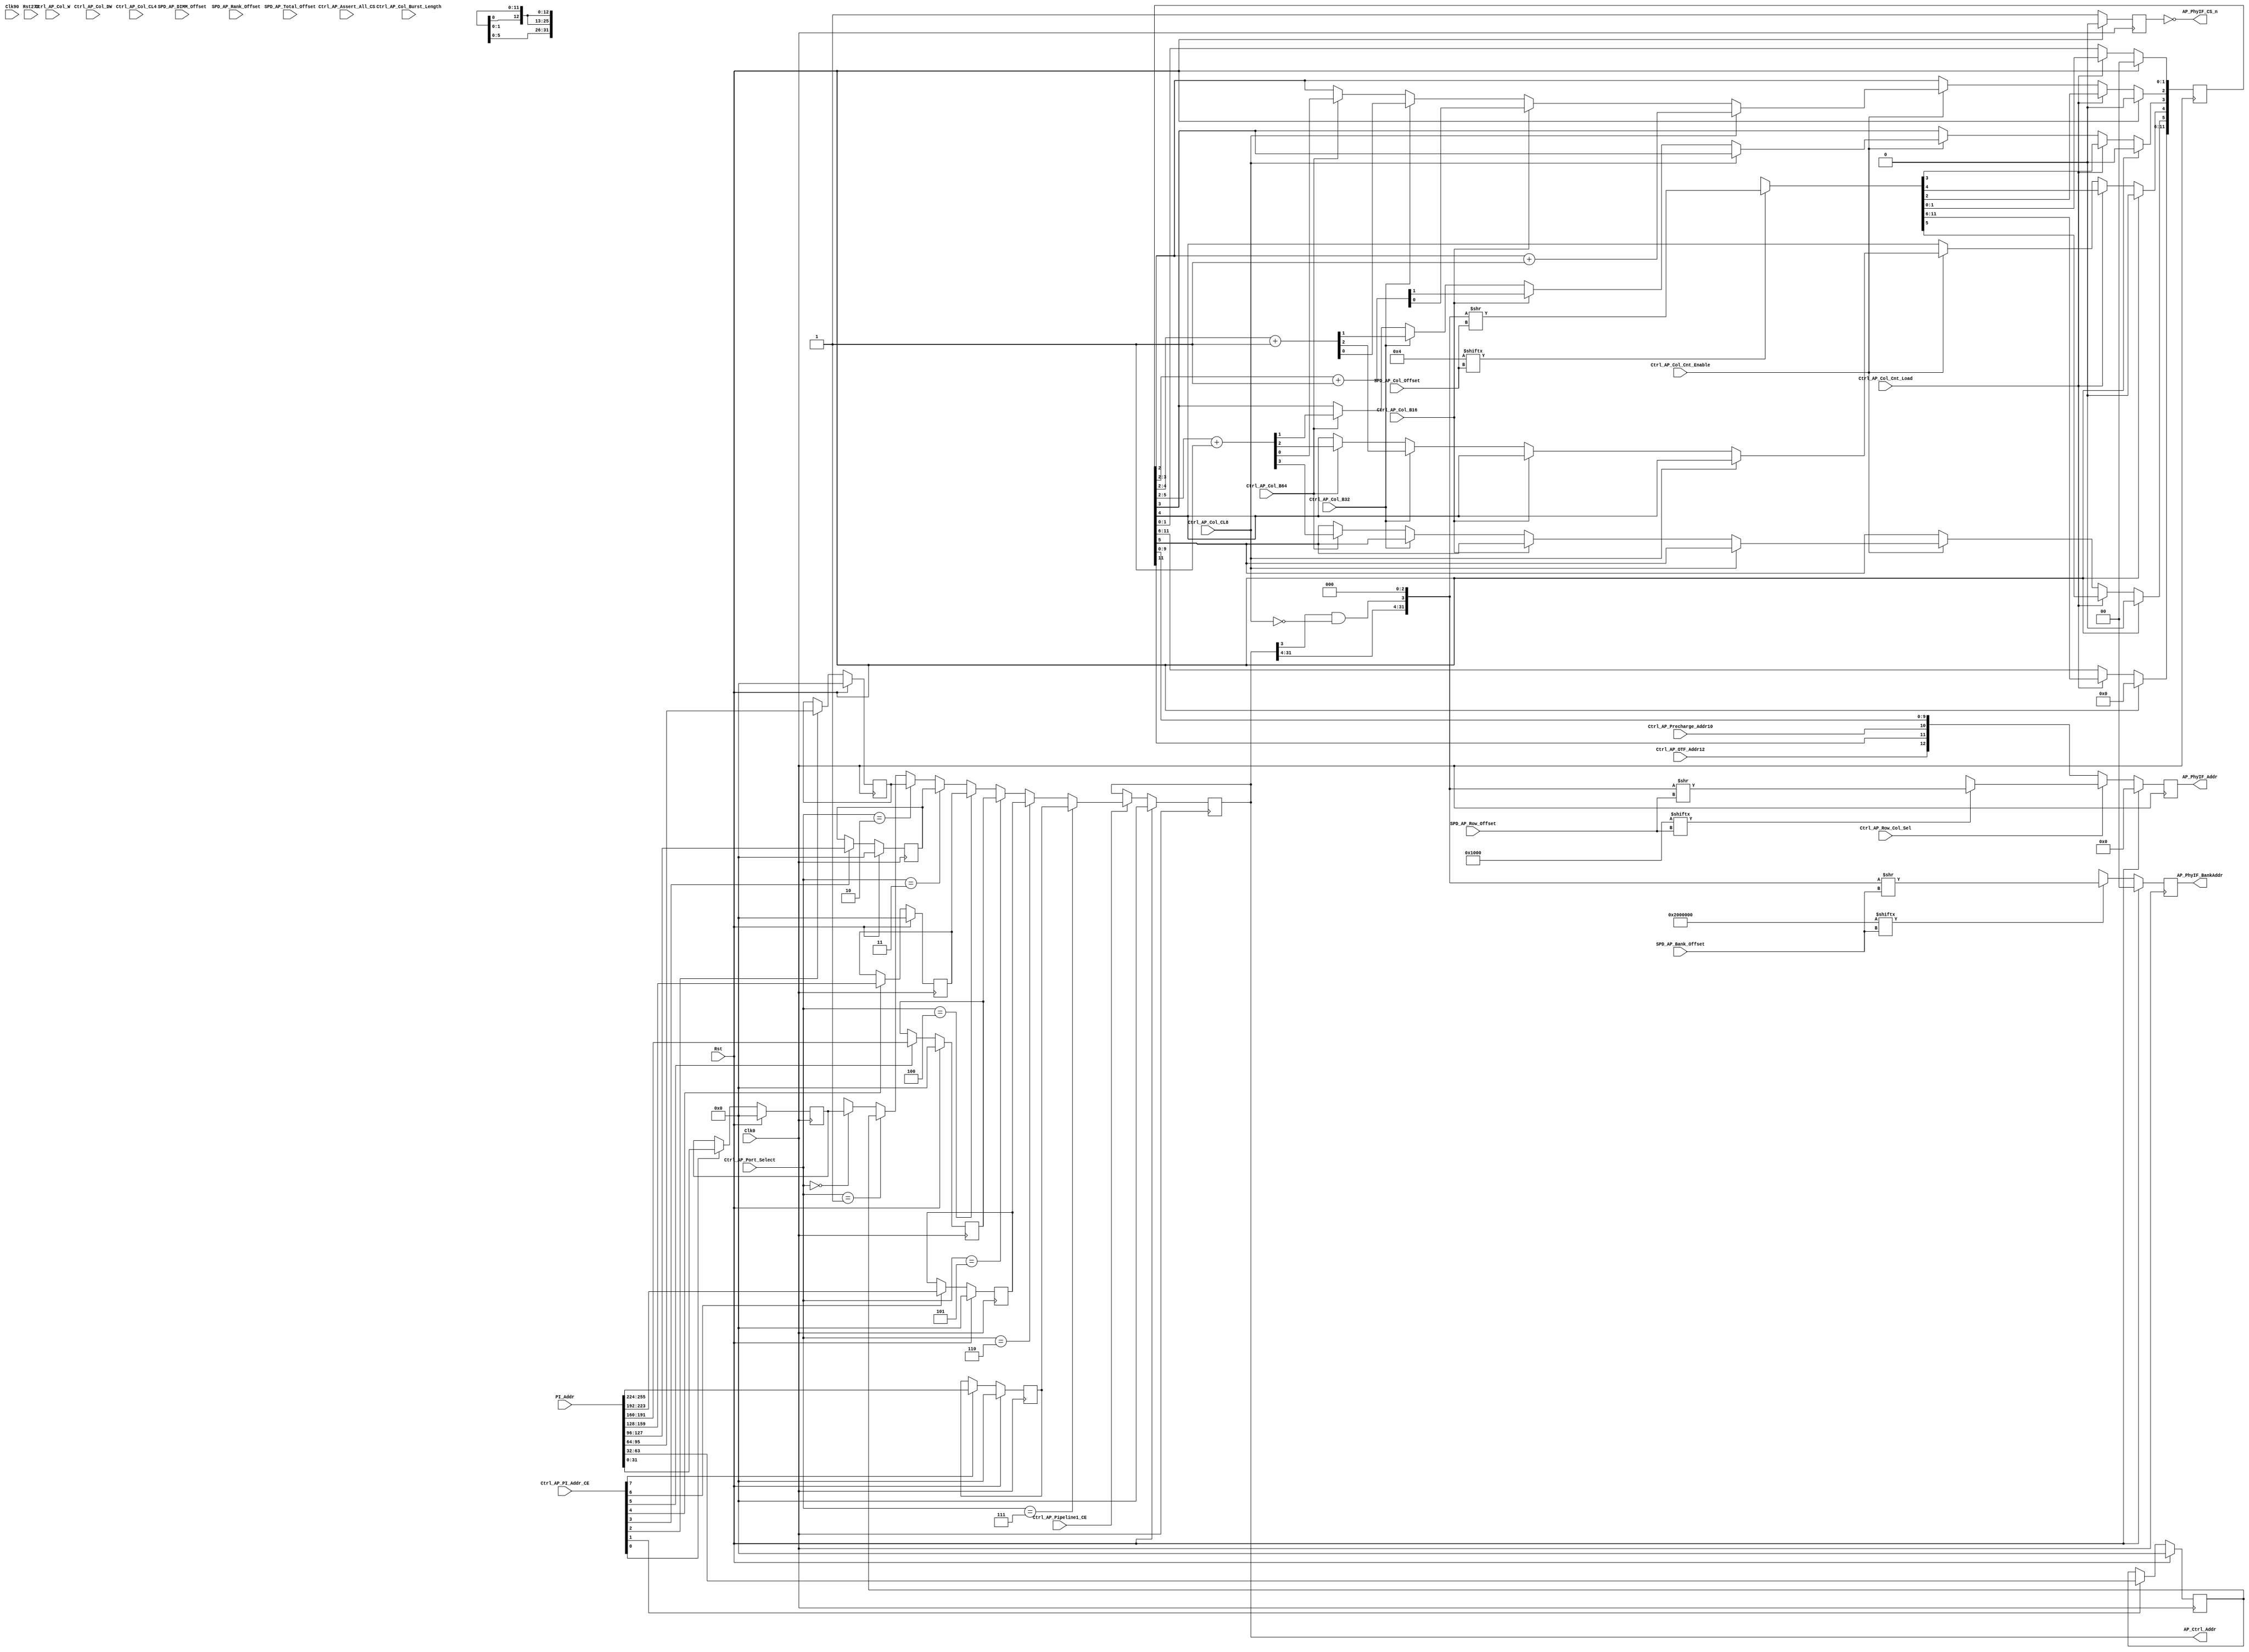
//-----------------------------------------------------------------------------
//-- (c) Copyright 2006 - 2009 Xilinx, Inc. All rights reserved.
//--
//-- This file contains confidential and proprietary information
//-- of Xilinx, Inc. and is protected under U.S. and
//-- international copyright and other intellectual property
//-- laws.
//--
//-- DISCLAIMER
//-- This disclaimer is not a license and does not grant any
//-- rights to the materials distributed herewith. Except as
//-- otherwise provided in a valid license issued to you by
//-- Xilinx, and to the maximum extent permitted by applicable
//-- law: (1) THESE MATERIALS ARE MADE AVAILABLE "AS IS" AND
//-- WITH ALL FAULTS, AND XILINX HEREBY DISCLAIMS ALL WARRANTIES
//-- AND CONDITIONS, EXPRESS, IMPLIED, OR STATUTORY, INCLUDING
//-- BUT NOT LIMITED TO WARRANTIES OF MERCHANTABILITY, NON-
//-- INFRINGEMENT, OR FITNESS FOR ANY PARTICULAR PURPOSE; and
//-- (2) Xilinx shall not be liable (whether in contract or tort,
//-- including negligence, or under any other theory of
//-- liability) for any loss or damage of any kind or nature
//-- related to, arising under or in connection with these
//-- materials, including for any direct, or any indirect,
//-- special, incidental, or consequential loss or damage
//-- (including loss of data, profits, goodwill, or any type of
//-- loss or damage suffered as a result of any action brought
//-- by a third party) even if such damage or loss was
//-- reasonably foreseeable or Xilinx had been advised of the
//-- possibility of the same.
//--
//-- CRITICAL APPLICATIONS
//-- Xilinx products are not designed or intended to be fail-
//-- safe, or for use in any application requiring fail-safe
//-- performance, such as life-support or safety devices or
//-- systems, Class III medical devices, nuclear facilities,
//-- applications related to the deployment of airbags, or any
//-- other applications that could lead to death, personal
//-- injury, or severe property or environmental damage
//-- (individually and collectively, "Critical
//-- Applications"). Customer assumes the sole risk and
//-- liability of any use of Xilinx products in Critical
//-- Applications, subject only to applicable laws and
//-- regulations governing limitations on product liability.
//--
//-- THIS COPYRIGHT NOTICE AND DISCLAIMER MUST BE RETAINED AS
//-- PART OF THIS FILE AT ALL TIMES.
//-----------------------------------------------------------------------------
//Purpose: MPMC Address Path
//
//Reference:
//Revision History:
//
//-----------------------------------------------------------------------------
`timescale 1ns/1ns


module mpmc_addr_path (
   // System Signals
   Clk0,                         // I
   Clk90,                        // I
   Rst,                          // I
   Rst270,                       // I
   // Phy Interface Signals
   AP_PhyIF_BankAddr,            // O [C_MEM_BANKADDR_WIDTH-1:0]
   AP_PhyIF_Addr,                // O [C_MEM_ADDR_WIDTH-1:0]
   AP_PhyIF_CS_n,                // O [C_MEM_NUM_RANKS*C_MEM_NUM_DIMMS-1:0]
   // Port Interface Signals
   PI_Addr,                      // I [C_PI_ADDR_WIDTH*C_NUM_PORTS-1:0]
   // EEPROM Serial Presence Detect Signals
   SPD_AP_Total_Offset,          // I [8*C_MEM_NUM_DIMMS-1:0]
   SPD_AP_DIMM_Offset,           // I [8*C_MEM_NUM_DIMMS-1:0]
   SPD_AP_Rank_Offset,           // I [8*C_MEM_NUM_DIMMS-1:0]
   SPD_AP_Bank_Offset,           // I [8*C_MEM_NUM_DIMMS-1:0]
   SPD_AP_Row_Offset,            // I [8*C_MEM_NUM_DIMMS-1:0]
   SPD_AP_Col_Offset,            // I [8*C_MEM_NUM_DIMMS-1:0]
   // Address Decode for Control Path
   AP_Ctrl_Addr,                 // O [C_PI_ADDR_WIDTH-1:0]
   // Control Signals
   Ctrl_AP_PI_Addr_CE,           // I [C_NUM_PORTS-1:0]
   Ctrl_AP_Port_Select,          // I [C_ARB_PORT_ENCODING_WIDTH-1:0]
   Ctrl_AP_Pipeline1_CE,         // I
   Ctrl_AP_Row_Col_Sel,          // I
   Ctrl_AP_Col_Cnt_Load,         // I
   Ctrl_AP_Col_Cnt_Enable,       // I
   Ctrl_AP_Col_W,                // I
   Ctrl_AP_Col_DW,               // I
   Ctrl_AP_Col_CL4,              // I
   Ctrl_AP_Col_CL8,              // I
   Ctrl_AP_Col_B16,              // I
   Ctrl_AP_Col_B32,              // I
   Ctrl_AP_Col_B64,              // I
   Ctrl_AP_Col_Burst_Length,              // I
   Ctrl_AP_Precharge_Addr10,     // I
   Ctrl_AP_OTF_Addr12,           // I
   Ctrl_AP_Assert_All_CS         // I
);

   parameter C_FAMILY         = "virtex4";
   parameter C_USE_MIG_S3_PHY = 0;
   parameter C_USE_STATIC_PHY = 1'b0;
   
   // Memory Parameters
   parameter C_NUM_PORTS = 8;              // Allowed Values: 1-8
   parameter C_PI_ADDR_WIDTH = 32;         // Allowed Values: 32, 36
   parameter C_MEM_ADDR_WIDTH = 13;        // Allowed Values: 13
   parameter C_MEM_BANKADDR_WIDTH = 2;     // Allowed Values: 2
   parameter C_MEM_DATA_WIDTH = 32;        // Allowed Values: 8,16,32,64,72
   parameter C_MEM_BURST_LENGTH = 4;       // Allowed Values: 2,4,8

   // Extra Pipeline Stages 
   parameter C_AP_PIPELINE1 = 1'b1; // Allowed Values: 0,1
   parameter C_AP_PIPELINE2 = 1'b1; // Allowed Values: 0,1

   // Memory Parameters
   parameter C_MEM_NUM_DIMMS = 1; // Allowed Values: 1,2
   parameter C_MEM_NUM_RANKS = 1; // Allowed Values: 1,2
   parameter C_MEM_SUPPORTED_TOTAL_OFFSETS = 32'h08000000;
   parameter C_MEM_SUPPORTED_DIMM_OFFSETS  = 32'h08000000;
   parameter C_MEM_SUPPORTED_RANK_OFFSETS  = 32'h08000000;
   parameter C_MEM_SUPPORTED_BANK_OFFSETS  = 32'h02000000;
   parameter C_MEM_SUPPORTED_ROW_OFFSETS   = 32'h00001000;
   parameter C_MEM_SUPPORTED_COL_OFFSETS   = 32'h00000004;

   // Temporary Memory Parameters
   parameter C_USE_TEMP_PARAMETERS = 1;
   parameter C_MEM_DIMM0_TOTAL_OFFSET = 27;
   parameter C_MEM_DIMM0_DIMM_OFFSET  = 27;
   parameter C_MEM_DIMM0_RANK_OFFSET  = 27;
   parameter C_MEM_DIMM0_BANK_OFFSET  = 25;
   parameter C_MEM_DIMM0_ROW_OFFSET   = 12;
   parameter C_MEM_DIMM0_COL_OFFSET   = 2;
   parameter C_MEM_DIMM1_TOTAL_OFFSET = 27;
   parameter C_MEM_DIMM1_DIMM_OFFSET  = 27;
   parameter C_MEM_DIMM1_RANK_OFFSET  = 27;
   parameter C_MEM_DIMM1_BANK_OFFSET  = 25;
   parameter C_MEM_DIMM1_ROW_OFFSET   = 12;
   parameter C_MEM_DIMM1_COL_OFFSET   = 2;

   parameter C_IS_DDR = 1'b1;              // Allowed Values: 0,1 
   parameter C_MEM_TYPE = "DDR3";          // Allowed Values: SDRAM, DDR, 
                                           //   DDR2, DDR3
   parameter C_NCK_PER_CLK             = 1;
   parameter C_ARB_PORT_ENCODING_WIDTH = 3;

   
   
   localparam P_MEM_DATA_WIDTH_SDR = C_IS_DDR ? C_MEM_DATA_WIDTH*2*C_NCK_PER_CLK:
                                                C_MEM_DATA_WIDTH;

   // System Signals
   input                                            Clk0;
   input                                            Clk90;
   input                                            Rst;
   input                                            Rst270;
   // Memory Signals (To/From Memory Pins)
   output [C_MEM_BANKADDR_WIDTH-1:0]                AP_PhyIF_BankAddr;
   output [C_MEM_ADDR_WIDTH-1:0]                    AP_PhyIF_Addr;
   output [C_MEM_NUM_RANKS*C_MEM_NUM_DIMMS-1:0]     AP_PhyIF_CS_n;
   // Port Interface Signals
   input  [C_PI_ADDR_WIDTH*C_NUM_PORTS-1:0]         PI_Addr;
   // EEPROM Serial Presence Detect Signals
   input  [8*C_MEM_NUM_DIMMS-1:0]                   SPD_AP_Total_Offset;
   input  [8*C_MEM_NUM_DIMMS-1:0]                   SPD_AP_DIMM_Offset;
   input  [8*C_MEM_NUM_DIMMS-1:0]                   SPD_AP_Rank_Offset;
   input  [8*C_MEM_NUM_DIMMS-1:0]                   SPD_AP_Bank_Offset;
   input  [8*C_MEM_NUM_DIMMS-1:0]                   SPD_AP_Row_Offset;
   input  [8*C_MEM_NUM_DIMMS-1:0]                   SPD_AP_Col_Offset;
   // Address Decode for Control Path
   output [C_PI_ADDR_WIDTH-1:0]                     AP_Ctrl_Addr;
   // Control Signals
   input  [C_NUM_PORTS-1:0]                         Ctrl_AP_PI_Addr_CE;
   input  [C_ARB_PORT_ENCODING_WIDTH-1:0]           Ctrl_AP_Port_Select;
   input                                            Ctrl_AP_Pipeline1_CE;
   input                                            Ctrl_AP_Row_Col_Sel;
   input                                            Ctrl_AP_Col_Cnt_Load;
   input                                            Ctrl_AP_Col_Cnt_Enable;
   input                                            Ctrl_AP_Col_W;
   input                                            Ctrl_AP_Col_DW;
   input                                            Ctrl_AP_Col_CL4;
   input                                            Ctrl_AP_Col_CL8;
   input                                            Ctrl_AP_Col_B16;
   input                                            Ctrl_AP_Col_B32;
   input                                            Ctrl_AP_Col_B64;
   input [3:0]                                      Ctrl_AP_Col_Burst_Length;
   input                                            Ctrl_AP_Precharge_Addr10;
   input                                            Ctrl_AP_OTF_Addr12;
   input                                            Ctrl_AP_Assert_All_CS;
   
   reg  [C_MEM_BANKADDR_WIDTH-1:0]             AP_PhyIF_BankAddr;
   reg  [C_MEM_ADDR_WIDTH-1:0]                 AP_PhyIF_Addr;
   reg  [C_MEM_NUM_RANKS*C_MEM_NUM_DIMMS-1:0]  AP_PhyIF_CS;
   
   reg  [C_PI_ADDR_WIDTH*C_NUM_PORTS-1:0]      Addr_Reg;
   reg  [C_PI_ADDR_WIDTH-1:0]                  Addr_Mux;
   reg  [C_PI_ADDR_WIDTH-1:0]                  Addr_Pipeline1;
   reg  [C_PI_ADDR_WIDTH-1:0]                  Addr_Aligned;

   wire                                        Swap_DIMM_Offset;
   wire [7:0]                                  DIMM_Offset;
   wire [7:0]                                  Rank_Offset;
   wire [7:0]                                  Bank_Offset;
   wire [7:0]                                  Row_Offset;
   wire [7:0]                                  Col_Offset;

   reg                                         DIMM_Addr;
   reg                                         Rank_Addr;
   reg  [C_MEM_BANKADDR_WIDTH-1:0]             Bank_Addr;
   reg  [C_MEM_ADDR_WIDTH-1:0]                 Row_Addr;
   reg  [C_MEM_ADDR_WIDTH-2:0]                 Col_Addr;

   reg  [C_MEM_ADDR_WIDTH-2:0]                 Col_Cnt;
   wire [C_MEM_ADDR_WIDTH-1:0]                 Col_Addr_Full;
   wire [C_MEM_ADDR_WIDTH-1:0]                 Row_Col_Mux_Out;

   wire [C_MEM_NUM_RANKS*C_MEM_NUM_DIMMS-1:0]  Dimm_Addr_Final;
   wire [C_MEM_NUM_RANKS-1:0]                 Rank_Addr_Final;   
   reg  [C_MEM_BANKADDR_WIDTH-1:0]             Bank_Addr_Final;
   reg  [C_MEM_ADDR_WIDTH-1:0]                 Row_Col_Final;
   
   genvar  i;
   integer j;
   

   // Set Address to Control path
   assign AP_Ctrl_Addr = Addr_Pipeline1;
   
   // Generate registers for address buses
   generate
      for (i = 0; i < C_NUM_PORTS; i = i + 1) begin : addr_reg
         always @(posedge Clk0)
            if (Rst) Addr_Reg[(i+1)*C_PI_ADDR_WIDTH-1:i*C_PI_ADDR_WIDTH] <= 0;
            else if (Ctrl_AP_PI_Addr_CE[i]) Addr_Reg[(i+1)*C_PI_ADDR_WIDTH-1:i*C_PI_ADDR_WIDTH] <= PI_Addr[(i+1)*C_PI_ADDR_WIDTH-1:i*C_PI_ADDR_WIDTH];
      end
   endgenerate


   // Generate mux to select address
   always @(Ctrl_AP_Port_Select or Addr_Reg) begin
      Addr_Mux <= 'bx;
      for (j = 4'd0; j < C_NUM_PORTS; j = j + 1'd1) begin : addr_mux
         if (Ctrl_AP_Port_Select == j) Addr_Mux <= Addr_Reg >> j*C_PI_ADDR_WIDTH;
      end
   end

   
   // Pipeline1 Register
   generate
      if (C_AP_PIPELINE1) begin : pipeline1_addr_reg
         always @(posedge Clk0)
           if (Rst) Addr_Pipeline1 <= 0;
           else if (Ctrl_AP_Pipeline1_CE) Addr_Pipeline1 <= Addr_Mux;
      end
      else begin : pipeline1_addr_wire
         always @(Addr_Mux) Addr_Pipeline1 <= Addr_Mux;
      end
   endgenerate


   // Align Address to 64-bit or 128-bit boundary
   generate
      if (C_MEM_TYPE == "DDR3" && C_NCK_PER_CLK == 2) begin : gen_addr_pipeline1_ddr3
        always @(*)
          // QWORD covers all cases for DWIDTH = 32
         if (C_MEM_DATA_WIDTH == 32) begin : dw32_align
            Addr_Aligned = {Addr_Pipeline1[C_PI_ADDR_WIDTH-1:4], 4'b0};
          end
          // Artificially align transfer to QWORD if CL8 Transfer to keep
          // linear rdwdaddr (e.g. 0,1,2,3,4,5,6,7 or 4,5,6,7,0,1,2,3)
          else if (C_MEM_DATA_WIDTH == 16) begin : dw16_align
            Addr_Aligned = {Addr_Pipeline1[C_PI_ADDR_WIDTH-1:4], 
                            Addr_Pipeline1[3] & ~Ctrl_AP_Col_CL8, 3'b0};
          end
          else if (C_MEM_DATA_WIDTH == 8) begin : dw8_align
            Addr_Aligned = {Addr_Pipeline1[C_PI_ADDR_WIDTH-1:3], 
                //            Addr_Pipeline1[3] & ~Ctrl_AP_Col_CL8, // Align to Dword, if CL8 align to Qword
                            Addr_Pipeline1[2] & Ctrl_AP_Col_W,  // Align to word on word transfer
                            2'b0};
          end
      end else if (C_IS_DDR) begin : gen_addr_pipeline1_ddr
        always @(*)
         if (((P_MEM_DATA_WIDTH_SDR == 32) & (C_MEM_BURST_LENGTH == 8)) | 
             ((P_MEM_DATA_WIDTH_SDR == 64) & (C_MEM_BURST_LENGTH == 4))) begin : zero_cl8
            Addr_Aligned = {Addr_Pipeline1[C_PI_ADDR_WIDTH-1:4], Addr_Pipeline1[3] & ~Ctrl_AP_Col_CL8, 3'b0};
         end
         else if ((P_MEM_DATA_WIDTH_SDR == 64) & (C_MEM_BURST_LENGTH == 8)) begin : zero_cl4
            Addr_Aligned = {Addr_Pipeline1[C_PI_ADDR_WIDTH-1:4], Addr_Pipeline1[3] & ~Ctrl_AP_Col_CL4, 3'b0};
         end
         else if ((P_MEM_DATA_WIDTH_SDR == 128) & ((C_MEM_BURST_LENGTH == 2) | (C_MEM_BURST_LENGTH == 4))) begin : zero_64
            Addr_Aligned = {Addr_Pipeline1[C_PI_ADDR_WIDTH-1:4], 4'b0};
         end
         else if ((P_MEM_DATA_WIDTH_SDR == 128) & (C_MEM_BURST_LENGTH == 8)) begin : zero_cl4_8
            Addr_Aligned = {Addr_Pipeline1[C_PI_ADDR_WIDTH-1:5], Addr_Pipeline1[4] & (~Ctrl_AP_Col_CL4 & ~Ctrl_AP_Col_CL8), 4'b0};
          //  Hack to support OTF  on DDR3 32 bit memory
/*            Addr_Aligned = {Addr_Pipeline1[C_PI_ADDR_WIDTH-1:5], Addr_Pipeline1[4] & (~Ctrl_AP_Col_CL8), 4'b0};*/
/*            Addr_Aligned = {Addr_Pipeline1[C_PI_ADDR_WIDTH-1:4], 4'b0};*/
         end
         else if ((P_MEM_DATA_WIDTH_SDR == 32) | (P_MEM_DATA_WIDTH_SDR == 16)) begin : word_align
            Addr_Aligned = {Addr_Pipeline1[C_PI_ADDR_WIDTH-1:3], (Ctrl_AP_Col_W ? Addr_Pipeline1[2] : 1'b0), 2'b0};
         end
         else begin : doubleword_align
            Addr_Aligned = {Addr_Pipeline1[C_PI_ADDR_WIDTH-1:3], 3'b0};
         end
      end
      else begin : gen_addr_pipeline1_sdr
        always @(*)
         if ((P_MEM_DATA_WIDTH_SDR == 64) & (C_MEM_BURST_LENGTH == 4)) begin : zero_cl8_cl4
            Addr_Aligned = {Addr_Pipeline1[C_PI_ADDR_WIDTH-1:4], Addr_Pipeline1[3] & ~Ctrl_AP_Col_CL8 & ~Ctrl_AP_Col_CL4, 3'b0};
         end
         else if ((P_MEM_DATA_WIDTH_SDR == 32) & (C_MEM_BURST_LENGTH == 4)) begin : zero_cl8
            Addr_Aligned = {Addr_Pipeline1[C_PI_ADDR_WIDTH-1:4], Addr_Pipeline1[3] & ~Ctrl_AP_Col_CL8, Addr_Pipeline1[2] & Ctrl_AP_Col_W, 2'b0};
         end
         else if ((P_MEM_DATA_WIDTH_SDR == 16) & (C_MEM_BURST_LENGTH == 4)) begin : word_align_16
            Addr_Aligned = {Addr_Pipeline1[C_PI_ADDR_WIDTH-1:3], (Ctrl_AP_Col_W ? Addr_Pipeline1[2] : 1'b0), 2'b0};
         end
         else if ((P_MEM_DATA_WIDTH_SDR == 8) & (C_MEM_BURST_LENGTH == 4)) begin : word_align_8
            Addr_Aligned = {Addr_Pipeline1[C_PI_ADDR_WIDTH-1:3], (Ctrl_AP_Col_W ? Addr_Pipeline1[2] : 1'b0), 2'b0};
         end
         else begin : doubleword_align
            Addr_Aligned = {Addr_Pipeline1[C_PI_ADDR_WIDTH-1:3], 3'b0};
         end
      end
   endgenerate
   
   
   // Swap Memory Decode (Hardcoded for 1 or 2 DIMMs only)
   generate
      if (C_MEM_NUM_DIMMS == 1) begin : no_swap
         assign Swap_DIMM_Offset = 0;
      end
      else if (C_MEM_NUM_DIMMS == 2) begin : swap
         assign Swap_DIMM_Offset = SPD_AP_DIMM_Offset[15:8] > SPD_AP_DIMM_Offset[7:0];
      end
   endgenerate


   // Generate DIMM Offset (Hardcoded for 1 or 2 DIMMs only)
   generate
      if (C_MEM_NUM_DIMMS == 1) begin : wire_offset
         assign DIMM_Offset = SPD_AP_DIMM_Offset;
      end
      else if (C_MEM_NUM_DIMMS == 2) begin : mux_offset
         assign DIMM_Offset = Swap_DIMM_Offset ? SPD_AP_DIMM_Offset[15:8] : SPD_AP_DIMM_Offset[7:0];
      end
   endgenerate

   
   // Decode DIMM Address
   always @(Addr_Aligned or DIMM_Offset or Swap_DIMM_Offset) begin
      if (C_MEM_NUM_DIMMS == 1) DIMM_Addr <= 0;
      else if (C_MEM_SUPPORTED_DIMM_OFFSETS[DIMM_Offset]) DIMM_Addr <= (Addr_Aligned >> DIMM_Offset) ^ Swap_DIMM_Offset;
      else DIMM_Addr <= 'bx;
   end


   // Mux Rank Offset
   assign Rank_Offset = SPD_AP_Rank_Offset >> 8 * DIMM_Addr;
   
   // Offset Rank Address
   always @(Addr_Aligned or Rank_Offset) begin
      if (C_MEM_SUPPORTED_RANK_OFFSETS[Rank_Offset]) Rank_Addr <= (Addr_Aligned >> Rank_Offset);
      else Rank_Addr <= 'bx;
   end


   // Mux Bank Offset
   assign Bank_Offset = SPD_AP_Bank_Offset >> 8 * DIMM_Addr;
   
   // Offset Bank Address
   always @(Addr_Aligned or Bank_Offset) begin
      if (C_MEM_SUPPORTED_BANK_OFFSETS[Bank_Offset]) Bank_Addr <= (Addr_Aligned >> Bank_Offset);
      else Bank_Addr <= 'bx;
   end

   
   // Mux Row Offset
   assign Row_Offset = SPD_AP_Row_Offset >> 8 * DIMM_Addr;

   // Offset Row Address
   always @(Addr_Aligned or Row_Offset) begin
      if (C_MEM_SUPPORTED_ROW_OFFSETS[Row_Offset]) Row_Addr <= (Addr_Aligned >> Row_Offset);
      else Row_Addr <= 'bx;
   end

   
   // Mux Col Offset
   assign Col_Offset = SPD_AP_Col_Offset >> 8 * DIMM_Addr;

   // Offset Column Address
   always @(Addr_Aligned or Col_Offset) begin
      if (C_MEM_SUPPORTED_COL_OFFSETS[Col_Offset]) Col_Addr <= (Addr_Aligned >> Col_Offset);
      else Col_Addr <= 'bx;
   end
   
   
   // Column Counter
   generate 
      if (C_IS_DDR) begin : gen_col_cnt_ddr
         always @(posedge Clk0) begin
            if (Rst) Col_Cnt <= 0;
            else if (Ctrl_AP_Col_Cnt_Load) Col_Cnt <= Col_Addr;
            else if (Ctrl_AP_Col_Cnt_Enable) begin
               if ((C_MEM_DATA_WIDTH == 8) & (C_MEM_BURST_LENGTH == 4)) begin
                  if      (Ctrl_AP_Col_DW)  Col_Cnt[2:2] <= Col_Cnt[2:2] + 1;
                  else if (Ctrl_AP_Col_CL4) Col_Cnt[3:2] <= Col_Cnt[3:2] + 1;
                  else if (Ctrl_AP_Col_CL8) Col_Cnt[4:2] <= Col_Cnt[4:2] + 1;
                  else if (Ctrl_AP_Col_B16) Col_Cnt[5:2] <= Col_Cnt[5:2] + 1;
                  else if (Ctrl_AP_Col_B32) Col_Cnt[6:2] <= Col_Cnt[6:2] + 1;
                  else if (Ctrl_AP_Col_B64) Col_Cnt[7:2] <= Col_Cnt[7:2] + 1;
               end
               else if ((C_MEM_DATA_WIDTH == 8) & (C_MEM_BURST_LENGTH == 8)) begin
                  if      (Ctrl_AP_Col_CL4) Col_Cnt[3:3] <= Col_Cnt[3:3] + 1;
                  else if (Ctrl_AP_Col_CL8) Col_Cnt[4:3] <= Col_Cnt[4:3] + 1;
                  else if (Ctrl_AP_Col_B16) Col_Cnt[5:3] <= Col_Cnt[5:3] + 1;
                  else if (Ctrl_AP_Col_B32) Col_Cnt[6:3] <= Col_Cnt[6:3] + 1;
                  else if (Ctrl_AP_Col_B64) Col_Cnt[7:3] <= Col_Cnt[7:3] + 1;
               end
               else if ((C_MEM_DATA_WIDTH == 16) & (C_MEM_BURST_LENGTH == 4)) begin
                  if      (Ctrl_AP_Col_CL4) Col_Cnt[2:2] <= Col_Cnt[2:2] + 1;
                  else if (Ctrl_AP_Col_CL8) Col_Cnt[3:2] <= Col_Cnt[3:2] + 1;
                  else if (Ctrl_AP_Col_B16) Col_Cnt[4:2] <= Col_Cnt[4:2] + 1;
                  else if (Ctrl_AP_Col_B32) Col_Cnt[5:2] <= Col_Cnt[5:2] + 1;
                  else if (Ctrl_AP_Col_B64) Col_Cnt[6:2] <= Col_Cnt[6:2] + 1;
               end
               else if ((C_MEM_DATA_WIDTH == 16) & (C_MEM_BURST_LENGTH == 8)) begin
                  if      (Ctrl_AP_Col_CL8) Col_Cnt[3:3] <= Col_Cnt[3:3] + 1;
                  else if (Ctrl_AP_Col_B16) Col_Cnt[4:3] <= Col_Cnt[4:3] + 1;
                  else if (Ctrl_AP_Col_B32) Col_Cnt[5:3] <= Col_Cnt[5:3] + 1;
                  else if (Ctrl_AP_Col_B64) Col_Cnt[6:3] <= Col_Cnt[6:3] + 1;
               end
               else if ((C_MEM_DATA_WIDTH == 32) & (C_MEM_BURST_LENGTH == 4)) begin
                  if      (Ctrl_AP_Col_CL8) Col_Cnt[2:2] <= Col_Cnt[2:2] + 1;
                  else if (Ctrl_AP_Col_B16) Col_Cnt[3:2] <= Col_Cnt[3:2] + 1;
                  else if (Ctrl_AP_Col_B32) Col_Cnt[4:2] <= Col_Cnt[4:2] + 1;
                  else if (Ctrl_AP_Col_B64) Col_Cnt[5:2] <= Col_Cnt[5:2] + 1;
               end
               else if ((C_MEM_DATA_WIDTH == 32) & (C_MEM_BURST_LENGTH == 8)) begin
                  if      (Ctrl_AP_Col_B16) Col_Cnt[3:3] <= Col_Cnt[3:3] + 1;
                  else if (Ctrl_AP_Col_B32) Col_Cnt[4:3] <= Col_Cnt[4:3] + 1;
                  else if (Ctrl_AP_Col_B64) Col_Cnt[5:3] <= Col_Cnt[5:3] + 1;
               end         
               else if ((C_MEM_DATA_WIDTH == 64) & (C_MEM_BURST_LENGTH == 4)) begin
                       if (Ctrl_AP_Col_B16) Col_Cnt[2:2] <= Col_Cnt[2:2] + 1;
                  else if (Ctrl_AP_Col_B32) Col_Cnt[3:2] <= Col_Cnt[3:2] + 1;
                  else if (Ctrl_AP_Col_B64) Col_Cnt[4:2] <= Col_Cnt[4:2] + 1;
               end
               else if ((C_MEM_DATA_WIDTH == 64) & (C_MEM_BURST_LENGTH == 8)) begin 
                  if      (Ctrl_AP_Col_B32) Col_Cnt[3:3] <= Col_Cnt[3:3] + 1;
                  else if (Ctrl_AP_Col_B64) Col_Cnt[4:3] <= Col_Cnt[4:3] + 1;
               end
            end
         end
      end
      else begin : gen_col_cnt_sdr
         always @(posedge Clk0) begin
            if (Rst) Col_Cnt <= 0;
            else if (Ctrl_AP_Col_Cnt_Load) Col_Cnt <= Col_Addr;
            else if (Ctrl_AP_Col_Cnt_Enable) begin
               if ((P_MEM_DATA_WIDTH_SDR == 8) & (C_MEM_BURST_LENGTH == 2)) begin
                  if      (Ctrl_AP_Col_W)   Col_Cnt[1:1] <= Col_Cnt[1:1] + 1;
                  else if (Ctrl_AP_Col_DW)  Col_Cnt[2:1] <= Col_Cnt[2:1] + 1;
                  else if (Ctrl_AP_Col_CL4) Col_Cnt[3:1] <= Col_Cnt[3:1] + 1;
                  else if (Ctrl_AP_Col_CL8) Col_Cnt[4:1] <= Col_Cnt[4:1] + 1;
                  else if (Ctrl_AP_Col_B16) Col_Cnt[5:1] <= Col_Cnt[5:1] + 1;
                  else if (Ctrl_AP_Col_B32) Col_Cnt[6:1] <= Col_Cnt[6:1] + 1;
                  else if (Ctrl_AP_Col_B64) Col_Cnt[7:1] <= Col_Cnt[7:1] + 1;
               end
               else if ((P_MEM_DATA_WIDTH_SDR == 8) & (C_MEM_BURST_LENGTH == 4)) begin
                  if      (Ctrl_AP_Col_DW)  Col_Cnt[2:2] <= Col_Cnt[2:2] + 1;
                  else if (Ctrl_AP_Col_CL4) Col_Cnt[3:2] <= Col_Cnt[3:2] + 1;
                  else if (Ctrl_AP_Col_CL8) Col_Cnt[4:2] <= Col_Cnt[4:2] + 1;
                  else if (Ctrl_AP_Col_B16) Col_Cnt[5:2] <= Col_Cnt[5:2] + 1;
                  else if (Ctrl_AP_Col_B32) Col_Cnt[6:2] <= Col_Cnt[6:2] + 1;
                  else if (Ctrl_AP_Col_B64) Col_Cnt[7:2] <= Col_Cnt[7:2] + 1;
               end
               else if ((P_MEM_DATA_WIDTH_SDR == 8) & (C_MEM_BURST_LENGTH == 8)) begin
                  if      (Ctrl_AP_Col_CL4) Col_Cnt[3:3] <= Col_Cnt[3:3] + 1;
                  else if (Ctrl_AP_Col_CL8) Col_Cnt[4:3] <= Col_Cnt[4:3] + 1;
                  else if (Ctrl_AP_Col_B16) Col_Cnt[5:3] <= Col_Cnt[5:3] + 1;
                  else if (Ctrl_AP_Col_B32) Col_Cnt[6:3] <= Col_Cnt[6:3] + 1;
                  else if (Ctrl_AP_Col_B64) Col_Cnt[7:3] <= Col_Cnt[7:3] + 1;
               end
               else if ((P_MEM_DATA_WIDTH_SDR == 16) & (C_MEM_BURST_LENGTH == 2)) begin
                  if      (Ctrl_AP_Col_DW)  Col_Cnt[1:1] <= Col_Cnt[1:1] + 1;
                  else if (Ctrl_AP_Col_CL4) Col_Cnt[2:1] <= Col_Cnt[2:1] + 1;
                  else if (Ctrl_AP_Col_CL8) Col_Cnt[3:1] <= Col_Cnt[3:1] + 1;
                  else if (Ctrl_AP_Col_B16) Col_Cnt[4:1] <= Col_Cnt[4:1] + 1;
                  else if (Ctrl_AP_Col_B32) Col_Cnt[5:1] <= Col_Cnt[5:1] + 1;
                  else if (Ctrl_AP_Col_B64) Col_Cnt[6:1] <= Col_Cnt[6:1] + 1;
               end
               else if ((P_MEM_DATA_WIDTH_SDR == 16) & (C_MEM_BURST_LENGTH == 4)) begin
                  if      (Ctrl_AP_Col_CL4) Col_Cnt[2:2] <= Col_Cnt[2:2] + 1;
                  else if (Ctrl_AP_Col_CL8) Col_Cnt[3:2] <= Col_Cnt[3:2] + 1;
                  else if (Ctrl_AP_Col_B16) Col_Cnt[4:2] <= Col_Cnt[4:2] + 1;
                  else if (Ctrl_AP_Col_B32) Col_Cnt[5:2] <= Col_Cnt[5:2] + 1;
                  else if (Ctrl_AP_Col_B64) Col_Cnt[6:2] <= Col_Cnt[6:2] + 1;
               end
               else if ((P_MEM_DATA_WIDTH_SDR == 16) & (C_MEM_BURST_LENGTH == 8)) begin
                  if      (Ctrl_AP_Col_CL8) Col_Cnt[3:3] <= Col_Cnt[3:3] + 1;
                  else if (Ctrl_AP_Col_B16) Col_Cnt[4:3] <= Col_Cnt[4:3] + 1;
                  else if (Ctrl_AP_Col_B32) Col_Cnt[5:3] <= Col_Cnt[5:3] + 1;
                  else if (Ctrl_AP_Col_B64) Col_Cnt[6:3] <= Col_Cnt[6:3] + 1;
               end
               else if ((P_MEM_DATA_WIDTH_SDR == 32) & (C_MEM_BURST_LENGTH == 2)) begin
                  if      (Ctrl_AP_Col_CL4) Col_Cnt[1:1] <= Col_Cnt[1:1] + 1;
                  else if (Ctrl_AP_Col_CL8) Col_Cnt[2:1] <= Col_Cnt[2:1] + 1;
                  else if (Ctrl_AP_Col_B16) Col_Cnt[3:1] <= Col_Cnt[3:1] + 1;
                  else if (Ctrl_AP_Col_B32) Col_Cnt[4:1] <= Col_Cnt[4:1] + 1;
                  else if (Ctrl_AP_Col_B64) Col_Cnt[5:1] <= Col_Cnt[5:1] + 1;
               end
               else if ((P_MEM_DATA_WIDTH_SDR == 32) & (C_MEM_BURST_LENGTH == 4)) begin
                  if      (Ctrl_AP_Col_CL8) Col_Cnt[2:2] <= Col_Cnt[2:2] + 1;
                  else if (Ctrl_AP_Col_B16) Col_Cnt[3:2] <= Col_Cnt[3:2] + 1;
                  else if (Ctrl_AP_Col_B32) Col_Cnt[4:2] <= Col_Cnt[4:2] + 1;
                  else if (Ctrl_AP_Col_B64) Col_Cnt[5:2] <= Col_Cnt[5:2] + 1;
               end
               else if ((P_MEM_DATA_WIDTH_SDR == 32) & (C_MEM_BURST_LENGTH == 8)) begin
                  if      (Ctrl_AP_Col_B16) Col_Cnt[3:3] <= Col_Cnt[3:3] + 1;
                  else if (Ctrl_AP_Col_B32) Col_Cnt[4:3] <= Col_Cnt[4:3] + 1;
                  else if (Ctrl_AP_Col_B64) Col_Cnt[5:3] <= Col_Cnt[5:3] + 1;
               end         
               else if ((P_MEM_DATA_WIDTH_SDR == 64) & (C_MEM_BURST_LENGTH == 2)) begin
                  if      (Ctrl_AP_Col_CL8) Col_Cnt[1:1] <= Col_Cnt[1:1] + 1;
                  else if (Ctrl_AP_Col_B16) Col_Cnt[2:1] <= Col_Cnt[2:1] + 1;
                  else if (Ctrl_AP_Col_B32) Col_Cnt[3:1] <= Col_Cnt[3:1] + 1;
                  else if (Ctrl_AP_Col_B64) Col_Cnt[4:1] <= Col_Cnt[4:1] + 1;
               end
               else if ((P_MEM_DATA_WIDTH_SDR == 64) & (C_MEM_BURST_LENGTH == 4)) begin
                  if      (Ctrl_AP_Col_B16) Col_Cnt[2:2] <= Col_Cnt[2:2] + 1;
                  else if (Ctrl_AP_Col_B32) Col_Cnt[3:2] <= Col_Cnt[3:2] + 1;
                  else if (Ctrl_AP_Col_B64) Col_Cnt[4:2] <= Col_Cnt[4:2] + 1;
               end
               else if ((P_MEM_DATA_WIDTH_SDR == 64) & (C_MEM_BURST_LENGTH == 8)) begin 
                  if      (Ctrl_AP_Col_B32) Col_Cnt[3:3] <= Col_Cnt[3:3] + 1;
                  else if (Ctrl_AP_Col_B64) Col_Cnt[4:3] <= Col_Cnt[4:3] + 1;
               end
               else if ((P_MEM_DATA_WIDTH_SDR == 128) & (C_MEM_BURST_LENGTH == 2)) begin 
                  if      (Ctrl_AP_Col_B16) Col_Cnt[1:1] <= Col_Cnt[1:1] + 1;
                  else if (Ctrl_AP_Col_B32) Col_Cnt[2:1] <= Col_Cnt[2:1] + 1;
                  else if (Ctrl_AP_Col_B64) Col_Cnt[3:1] <= Col_Cnt[3:1] + 1;
               end
               else if ((P_MEM_DATA_WIDTH_SDR == 128) & (C_MEM_BURST_LENGTH == 4)) begin
                  if      (Ctrl_AP_Col_B32) Col_Cnt[2:2] <= Col_Cnt[2:2] + 1;
                  else if (Ctrl_AP_Col_B64) Col_Cnt[3:2] <= Col_Cnt[3:2] + 1;
               end
               else if ((P_MEM_DATA_WIDTH_SDR == 128) & (C_MEM_BURST_LENGTH == 8)) begin 
                  if      (Ctrl_AP_Col_B64) Col_Cnt[3:3] <= Col_Cnt[3:3] + 1;
               end
            end
         end
      end
   endgenerate
   
   

// Wire together column address
   generate
    if (C_MEM_TYPE == "DDR3") begin : ddr3_col
      if (C_MEM_ADDR_WIDTH == 13) begin : col_addr_12
        assign Col_Addr_Full = {Ctrl_AP_OTF_Addr12, Col_Cnt[11], 
                                Ctrl_AP_Precharge_Addr10, Col_Cnt[9:0]};
      end else begin : col_addr
        assign Col_Addr_Full = {Col_Cnt[C_MEM_ADDR_WIDTH-3:11], Ctrl_AP_OTF_Addr12, 
                                Col_Cnt[10], Ctrl_AP_Precharge_Addr10, Col_Cnt[9:0]};
      end
    end 
    else begin : ddr2_and_older_col
      if (C_MEM_ADDR_WIDTH == 11) begin : col_addr_11
        assign Col_Addr_Full = {Ctrl_AP_Precharge_Addr10, Col_Cnt[9:0]};
      end else begin : col_addr
        assign Col_Addr_Full = {Col_Cnt[C_MEM_ADDR_WIDTH-2:10], Ctrl_AP_Precharge_Addr10, Col_Cnt[9:0]};
      end
    end
   endgenerate

   // Row / Column Mux
   assign Row_Col_Mux_Out = Ctrl_AP_Row_Col_Sel ? Row_Addr : Col_Addr_Full;

   
   // Generate for rank bits
   generate
      if (C_MEM_NUM_RANKS == 2) begin : rank_bits
         assign Rank_Addr_Final = {Rank_Addr, ~Rank_Addr};
      end
      else begin : rank_wire
         assign Rank_Addr_Final = 1'b1;
      end
   endgenerate
   

   // Generate for multiple dimms
   generate
      for (i = 0; i < C_MEM_NUM_DIMMS; i = i + 1) begin : dimm_logic
         assign Dimm_Addr_Final[(i+1)*C_MEM_NUM_RANKS-1:i*C_MEM_NUM_RANKS] = Ctrl_AP_Assert_All_CS ? 2'b11 : (DIMM_Addr == i) ? Rank_Addr_Final : 0;
      end
   endgenerate
   
   
   // Mux for mode register values for bank bits
   always @(Bank_Addr) begin
      Bank_Addr_Final <= Bank_Addr;
   end

   
   // Mux for mode register values for address bits
   always @(Row_Col_Mux_Out) begin
      Row_Col_Final <= Row_Col_Mux_Out;
   end


   // Pipeline2 Rank/Dimm Address Register
    
  generate
     if (C_AP_PIPELINE2) begin : pipeline2_ra_reg
       if (C_USE_MIG_S3_PHY) begin : gen_s3
           always @(negedge Clk90)
             if (Rst270) AP_PhyIF_CS <= 0;
             else AP_PhyIF_CS <= Dimm_Addr_Final;
       end
       else begin : gen_normal
           always @(posedge Clk0)
             if (Rst) AP_PhyIF_CS <= 0;
             else AP_PhyIF_CS <= Dimm_Addr_Final;
       end
     end
     else begin : pipeline2_ra_wire
       always @(Dimm_Addr_Final) AP_PhyIF_CS <= Dimm_Addr_Final;
     end
  endgenerate

   assign AP_PhyIF_CS_n = ~AP_PhyIF_CS;
   
   // Pipeline2 Bank Address Register
    generate
      if (C_AP_PIPELINE2) begin : pipeline2_ba_reg
        if (C_USE_MIG_S3_PHY) begin : gen_s3
           always @(negedge Clk90)
             if (Rst270) AP_PhyIF_BankAddr <= 0;
             else AP_PhyIF_BankAddr <= Bank_Addr_Final;
        end
        else begin : gen_normal
           always @(posedge Clk0)
             if (Rst) AP_PhyIF_BankAddr <= 0;
             else AP_PhyIF_BankAddr <= Bank_Addr_Final;
         end
     end
     else begin : pipeline2_ba_wire
        always @(Bank_Addr_Final) AP_PhyIF_BankAddr <= Bank_Addr_Final;
     end
  endgenerate

   // Pipeline2 Address Register
  
   generate
      if (C_AP_PIPELINE2) begin : pipeline2_rc_reg
        if (C_USE_MIG_S3_PHY) begin : gen_s3
           always @(negedge Clk90)
             if (Rst270) AP_PhyIF_Addr <= 0;
             else AP_PhyIF_Addr <= Row_Col_Final;
        end
        else begin : gen_normal
           always @(posedge Clk0)
             if (Rst) AP_PhyIF_Addr <= 0;
             else AP_PhyIF_Addr <= Row_Col_Final;
        end
     end
     else begin : pipeline2_rc_wire
        always @(Row_Col_Final) AP_PhyIF_Addr <= Row_Col_Final;
     end
  endgenerate
 
endmodule